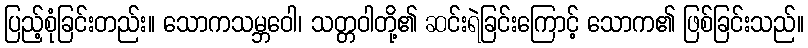
ပြည့်စုံခြင်းတည်း။ သောကသမ္ဘဝေါ၊ သတ္တဝါတို့၏ ဆင်းရဲခြင်းကြောင့် သောက၏ ဖြစ်ခြင်းသည်။